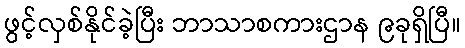
ဖွင့်လှစ်နိုင်ခဲ့ပြီး ဘာသာစကားဌာန ၉ခုရှိပြီ။